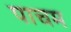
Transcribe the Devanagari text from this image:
पाचम